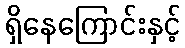
ရှိနေကြောင်းနှင့်